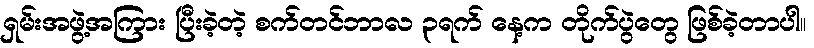
ရှမ်းအဖွဲ့အကြား ပြီးခဲ့တဲ့ စက်တင်ဘာလ ၃ရက် နေ့က တိုက်ပွဲတွေ ဖြစ်ခဲ့တာပါ။